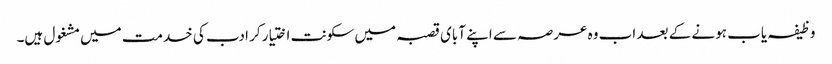
وظیفہ یاب ہونے کے بعد اب وہ عرصہ سے اپنے آبای قصبہ میں سکونت اختیار کر ادب کی خدمت میں مشغول ہیں۔